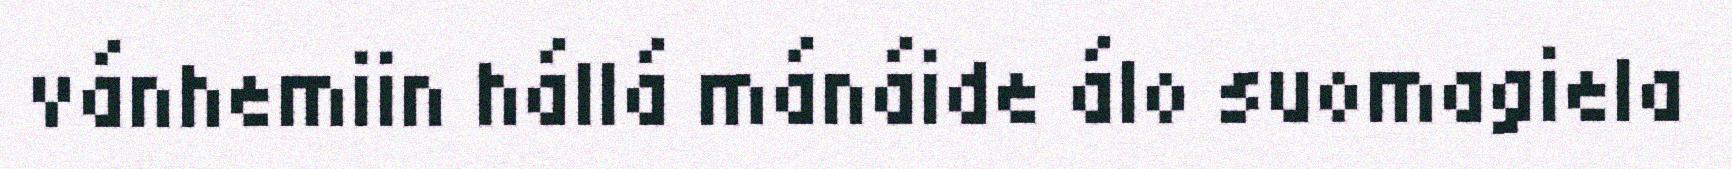
vánhemiin hállá mánáide álo suomagiela